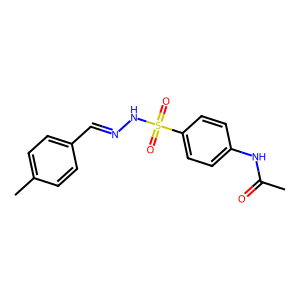
SMILES: CC(=O)Nc1ccc(S(=O)(=O)NN=Cc2ccc(C)cc2)cc1
Inhibits HIV replication: No